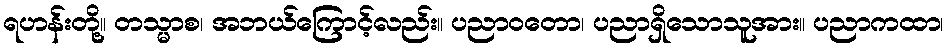
ရဟန်းတို့။ တသ္မာစ၊ အဘယ်ကြောင့်လည်း။ ပညာဝတော၊ ပညာရှိသောသူအား။ ပညာကထာ၊